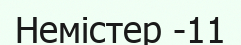
Немістер -11